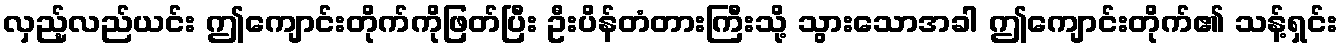
လှည့်လည်ယင်း ဤကျောင်းတိုက်ကိုဖြတ်ပြီး ဦးပိန်တံတားကြီးသို့ သွားသောအခါ ဤကျောင်းတိုက်၏ သန့်ရှင်း